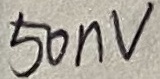
Text: 50nV